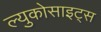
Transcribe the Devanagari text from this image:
ल्युकोसाइट्स